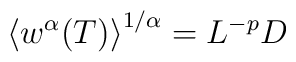
\left\langle w^{\alpha}(T)\right\rangle^{1/\alpha}=L^{-p}D